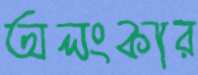
অলংকার